画像に写った文字を読んでください
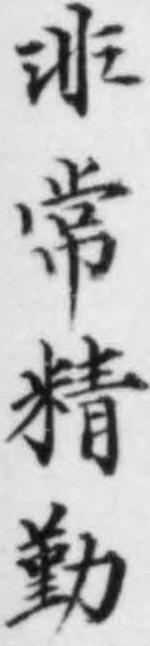
「非常精勤」と書いてあります